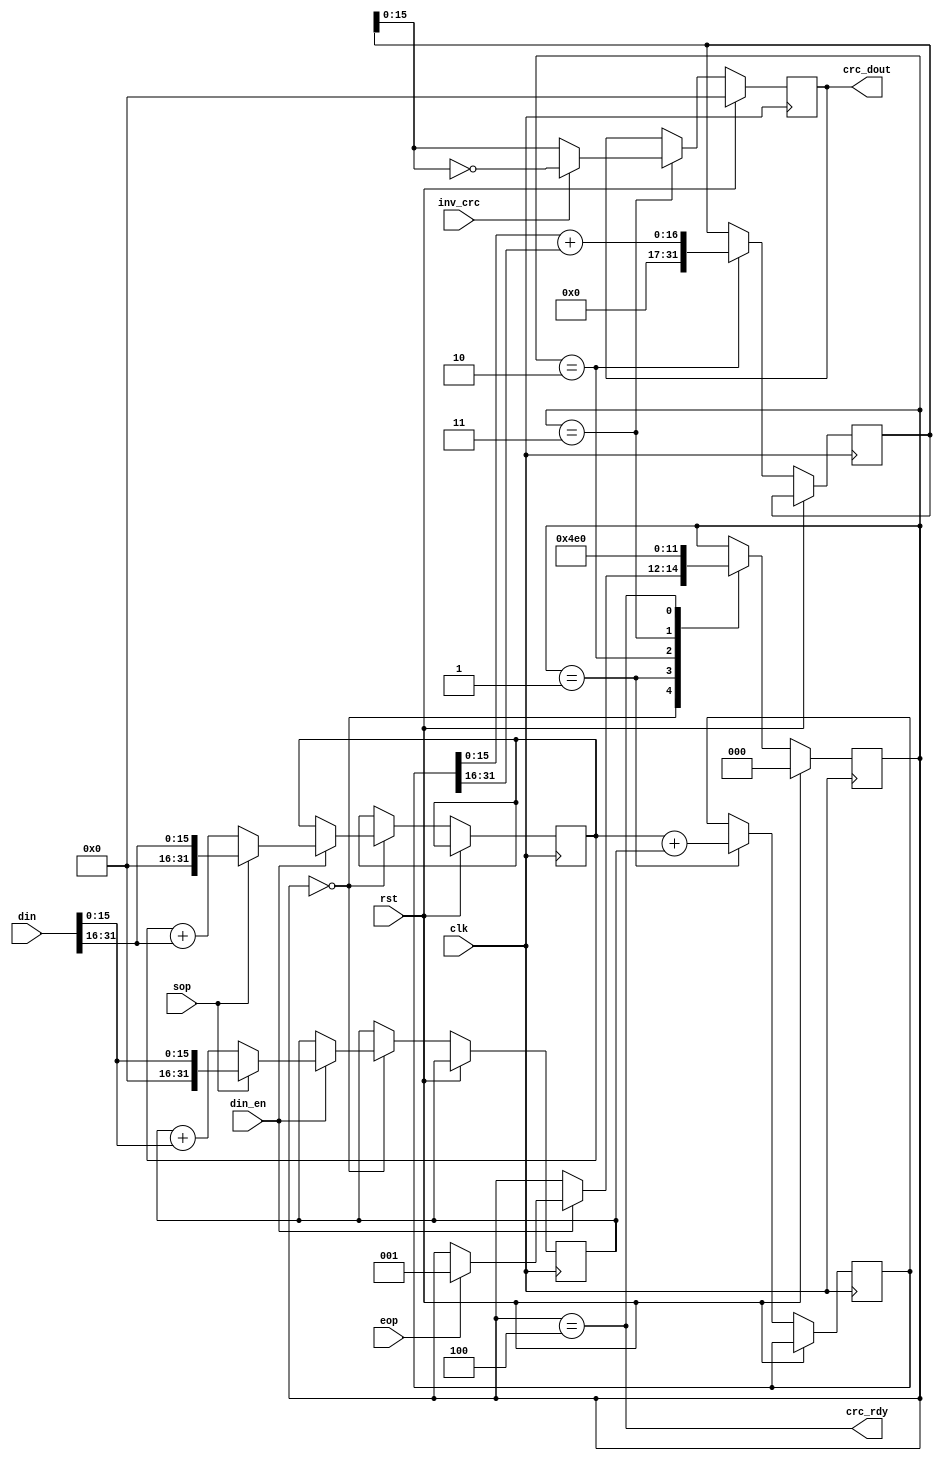
`timescale 1ns / 1ps
//////////////////////////////////////////////////////////////////////////////////
// Company: 
// Engineer: 
// 
// Design Name: 
// Module Name: crc_calc
// Project Name: 
// Target Devices: 
// Tool Versions: 
// Description: 
// 
// Dependencies: 
// 
// Revision:
// Revision 0.01 - File Created
// Additional Comments:
// 
//////////////////////////////////////////////////////////////////////////////////


module crc_calc(
    input clk,
    input rst,
    input [31:0] din,
    input din_en,
    input sop,
    input eop,
    input inv_crc,
    output reg [15:0] crc_dout,
    output crc_rdy
    );
    
    reg [31 : 0] crc_lo;
    reg [31 : 0] crc_hi;
    reg [31 : 0] crc32;
    reg [31 : 0] crc16;
    
    reg [2 : 0] crc_calc_state;
    
    always @(posedge clk) begin
        if(rst == 1) begin
            crc_calc_state <= 0;
            
            crc_dout <= 16'h0000;
        end else begin
            case(crc_calc_state)
                0: begin 
                    if(din_en == 1) begin
                        if(sop == 1) begin
                            crc_lo <= {16'h0000, din[15 : 0]};
                            crc_hi <= {16'h0000, din[31 : 16]};        
                        end else begin
                            crc_lo <= crc_lo + din[15 : 0];
                            crc_hi <= crc_hi + din[31 : 16];
                        end                        
                        
                        if(eop == 1) begin
                            crc_calc_state <= 1;
                        end
                    end
                end
                1: begin
                    crc32 <= crc_hi + crc_lo;
                    
                    crc_calc_state <= 2;        
                end
                2: begin
                    crc16 <= crc32[15 : 0] + crc32[31 : 16];
                    
                    crc_calc_state <= 3;    
                end
                3: begin
                    if(inv_crc == 1) begin
                        crc_dout <= ~crc16;
                    end else begin
                        crc_dout <= crc16;
                    end
                     
                    crc_calc_state <= 4;    
                end
                4: begin                                
                    crc_calc_state <= 0;    
                end
            endcase    
        end
    end
                   
    assign crc_rdy = (crc_calc_state == 4);                   
endmodule